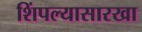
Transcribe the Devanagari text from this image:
शिंपल्यासारखा